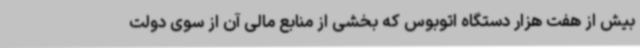
بیش از هفت هزار دستگاه اتوبوس که بخشی از منابع مالی آن از سوی دولت